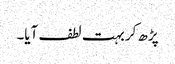
پڑھ کر بہت لطف آیا۔